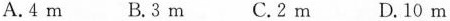
A.4m B.3m C.2m D.10m